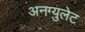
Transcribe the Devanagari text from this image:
अनग्युलेट